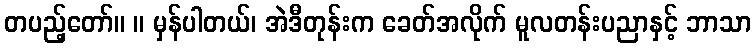
တပည့်တော်။ ။ မှန်ပါတယ်၊ အဲဒီတုန်းက ခေတ်အလိုက် မူလတန်းပညာနှင့် ဘာသာ